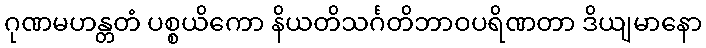
ဂုဏမဟန္တတံ ပစ္စယိကော နိယတိသင်္ဂတိဘာဝပရိဏတာ ဒိယျမာနော